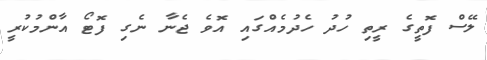
ލޭސް ފޮތީގެ ރީތި ހުދު ހެދުމެއްގައި އޮވެ ޖެނާ ނެގި ފޮޓޯ އާންމުކުރީ